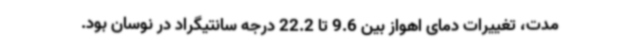
مدت، تغییرات دمای اهواز بین 9.6 تا 22.2 درجه سانتیگراد در نوسان بود.